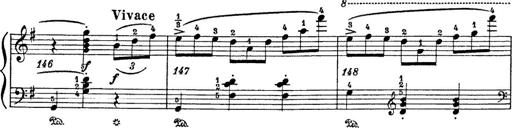
Title: 6 Polish Songs
Composer: Franz Liszt